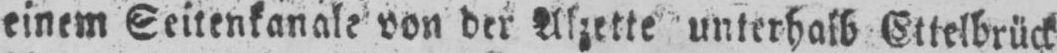
unterhalb Ettelbrück